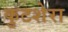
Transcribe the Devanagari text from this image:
कुटशेरा